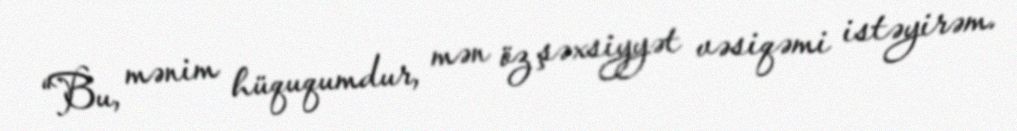
“Bu, mənim hüququmdur, mən öz şəxsiyyət vəsiqəmi istəyirəm.